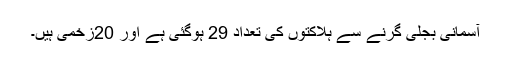
آسمانی بجلی گرنے سے ہلاکتوں کی تعداد 29 ہوگئی ہے اور 20زخمی ہیں۔